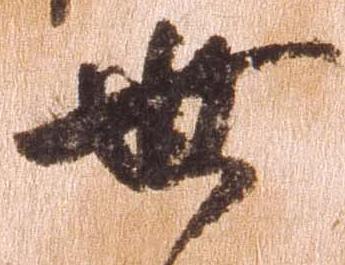
世